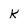
Character: k